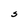
Character: S